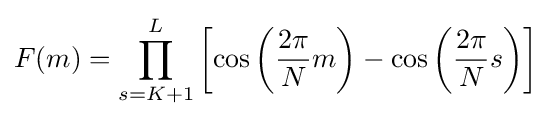
F(m)=\prod _{s=K+1}^{L}\left[\cos \left({\frac {2\pi }{N}}m\right)-\cos \left({\frac {2\pi }{N}}s\right)\right]